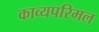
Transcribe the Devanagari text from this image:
काव्यपरिमल